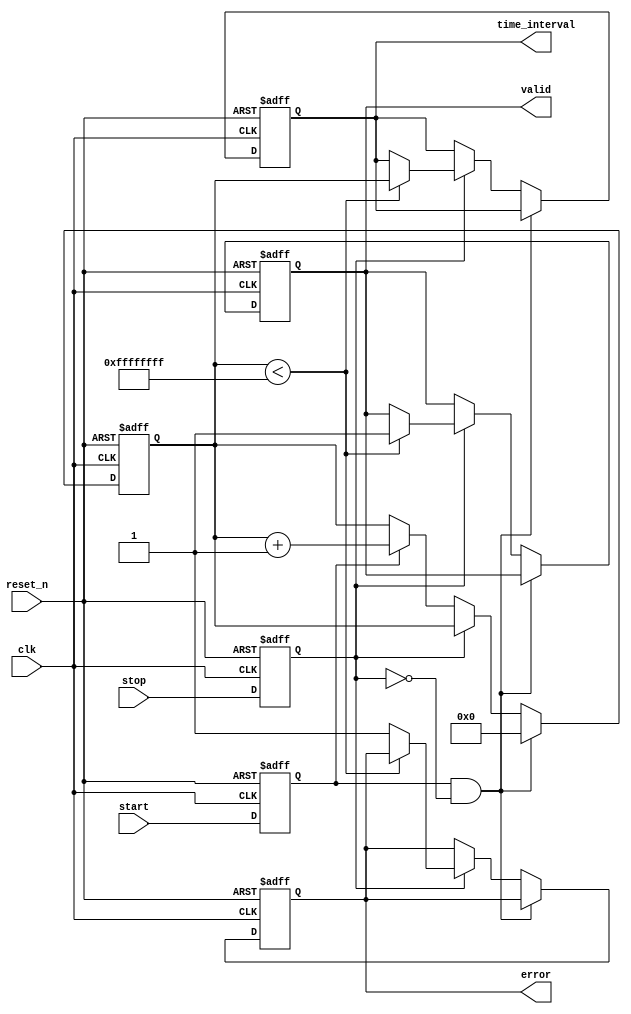
module TDC (
    input wire clk,                 // High-frequency clock
    input wire reset_n,             // Active low reset
    input wire start,               // Start signal
    input wire stop,                // Stop signal
    output reg [31:0] time_interval, // Measured time interval (32-bit output)
    output reg valid,               // Valid output signal
    output reg error                // Error signal
);

// Parameters
parameter MAX_COUNT = 32'hFFFFFFFF; // Maximum count value

// Internal signals
reg [31:0] counter;                  // Counter for measuring time
reg start_capture;                   // Edge detection for start signal
reg stop_capture;                    // Edge detection for stop signal
reg calibration_enabled;              // Calibration enabled flag
reg [31:0] calibration_factor;       // Calibration factor
reg [31:0] calibrated_value;         // Calibrated output value

// Edge detection for start and stop signals
always @(posedge clk or negedge reset_n) begin
    if (!reset_n) begin
        start_capture <= 0;
        stop_capture <= 0;
    end else begin
        start_capture <= start;
        stop_capture <= stop;
    end
end

// Counter logic
always @(posedge clk or negedge reset_n) begin
    if (!reset_n) begin
        counter <= 0;
        valid <= 0;
        time_interval <= 0;
        error <= 0;
    end else if (start_capture && !stop_capture) begin
        // Start counting on rising edge of start signal
        counter <= 0; // Reset counter
    end else if (stop_capture) begin
        // Stop counting on rising edge of stop signal
        if (counter < MAX_COUNT) begin
            time_interval <= counter; // Capture time interval
            valid <= 1; // Indicate valid output
        end else begin
            error <= 1; // Error: overflow
        end
    end else begin
        // Increment counter if counting is enabled
        if (start_capture) begin
            counter <= counter + 1; // Increment counter
        end
    end
end

// In-situ calibration logic
always @(posedge clk or negedge reset_n) begin
    if (!reset_n) begin
        calibration_enabled <= 0;
        calibration_factor <= 0;
        calibrated_value <= 0;
    end else if (calibration_enabled) begin
        // Apply calibration factor to the measured value
        calibrated_value <= time_interval - calibration_factor;
    end else begin
        calibrated_value <= time_interval; // No calibration
    end
end

endmodule